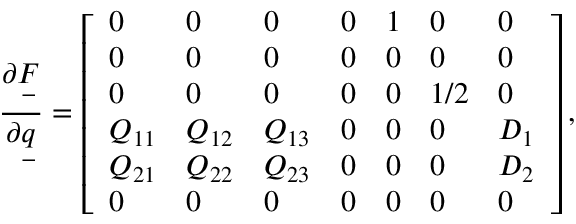
\frac { \partial \underset { - } { F } } { \partial \underset { - } { q } } = \left[ \begin{array} { l l l l l l l } { 0 } & { 0 } & { 0 } & { 0 } & { 1 } & { 0 } & { 0 } \\ { 0 } & { 0 } & { 0 } & { 0 } & { 0 } & { 0 } & { 0 } \\ { 0 } & { 0 } & { 0 } & { 0 } & { 0 } & { 1 / 2 } & { 0 } \\ { Q _ { 1 1 } } & { Q _ { 1 2 } } & { Q _ { 1 3 } } & { 0 } & { 0 } & { 0 } & { D _ { 1 } } \\ { Q _ { 2 1 } } & { Q _ { 2 2 } } & { Q _ { 2 3 } } & { 0 } & { 0 } & { 0 } & { D _ { 2 } } \\ { 0 } & { 0 } & { 0 } & { 0 } & { 0 } & { 0 } & { 0 } \end{array} \right] ,